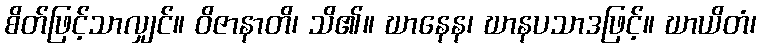
စိတ်ဖြင့်သာလျှင်။ ဝိဇာနာတိ၊ သိ၏။ ဃာနေန၊ ဃာနပသာဒဖြင့်။ ဃာယိတံ၊